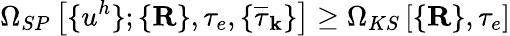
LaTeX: {\Omega}_{SP}\left[\{ u^{h}\} ;\{ {\mathbf R}\} ,\tau_{e},\{ \overline{{\tau}}_{\mathbf k}\} \right]\ge{\Omega}_{KS}\left[\{ {\mathbf R}\} ,\tau_{e}\right]